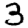
Digit: 3